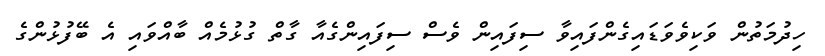
ހިދުމަތުން ވަކިވެވަޑައިގެންފައިވާ ސިފައިން ވެސް ސިފައިންގެއާ ގާތް ގުޅުމެއް ބާއްވައި އެ ބޭފުޅުންގެ